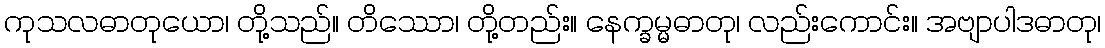
ကုသလဓာတုယော၊ တို့သည်။ တိဿော၊ တို့တည်း။ နေက္ခမ္မဓာတု၊ လည်းကောင်း။ အဗျာပါဒဓာတု၊